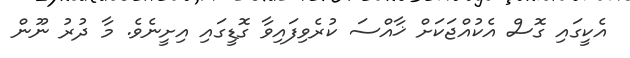
އެކީގައި ގޮސް އެކުއްޖަކަށް ޚާއްސަ ކުރެވިފައިވާ ގޮޑީގައި އިށީނެވެ. މާ ދުރު ނޫން